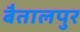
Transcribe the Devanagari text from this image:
बैतालपुर